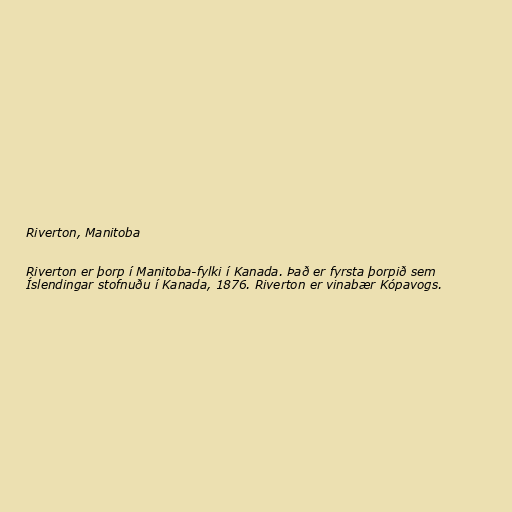
Riverton, Manitoba

Riverton er þorp í Manitoba-fylki í Kanada. Það er fyrsta þorpið sem
Íslendingar stofnuðu í Kanada, 1876. Riverton er vinabær Kópavogs.